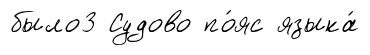
было3 Судово по́яс языка́